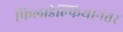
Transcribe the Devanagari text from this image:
फिलाडेल्फियानंतर